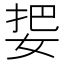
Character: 𰌅